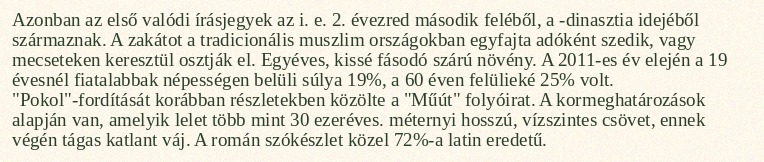
Azonban az első valódi írásjegyek az i. e. 2. évezred második feléből, a -dinasztia idejéből származnak. A zakátot a tradicionális muszlim országokban egyfajta adóként szedik, vagy mecseteken keresztül osztják el. Egyéves, kissé fásodó szárú növény. A 2011-es év elején a 19 évesnél fiatalabbak népességen belüli súlya 19%, a 60 éven felülieké 25% volt. "Pokol"-fordítását korábban részletekben közölte a "Műút" folyóirat. A kormeghatározások alapján van, amelyik lelet több mint 30 ezeréves. méternyi hosszú, vízszintes csövet, ennek végén tágas katlant váj. A román szókészlet közel 72%-a latin eredetű.